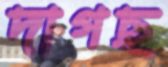
দাগছ